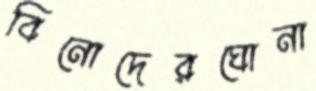
বিনোদেরঘোনা